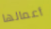
أعمالها